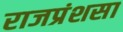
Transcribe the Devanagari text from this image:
राजप्रंशसा